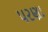
પરણા